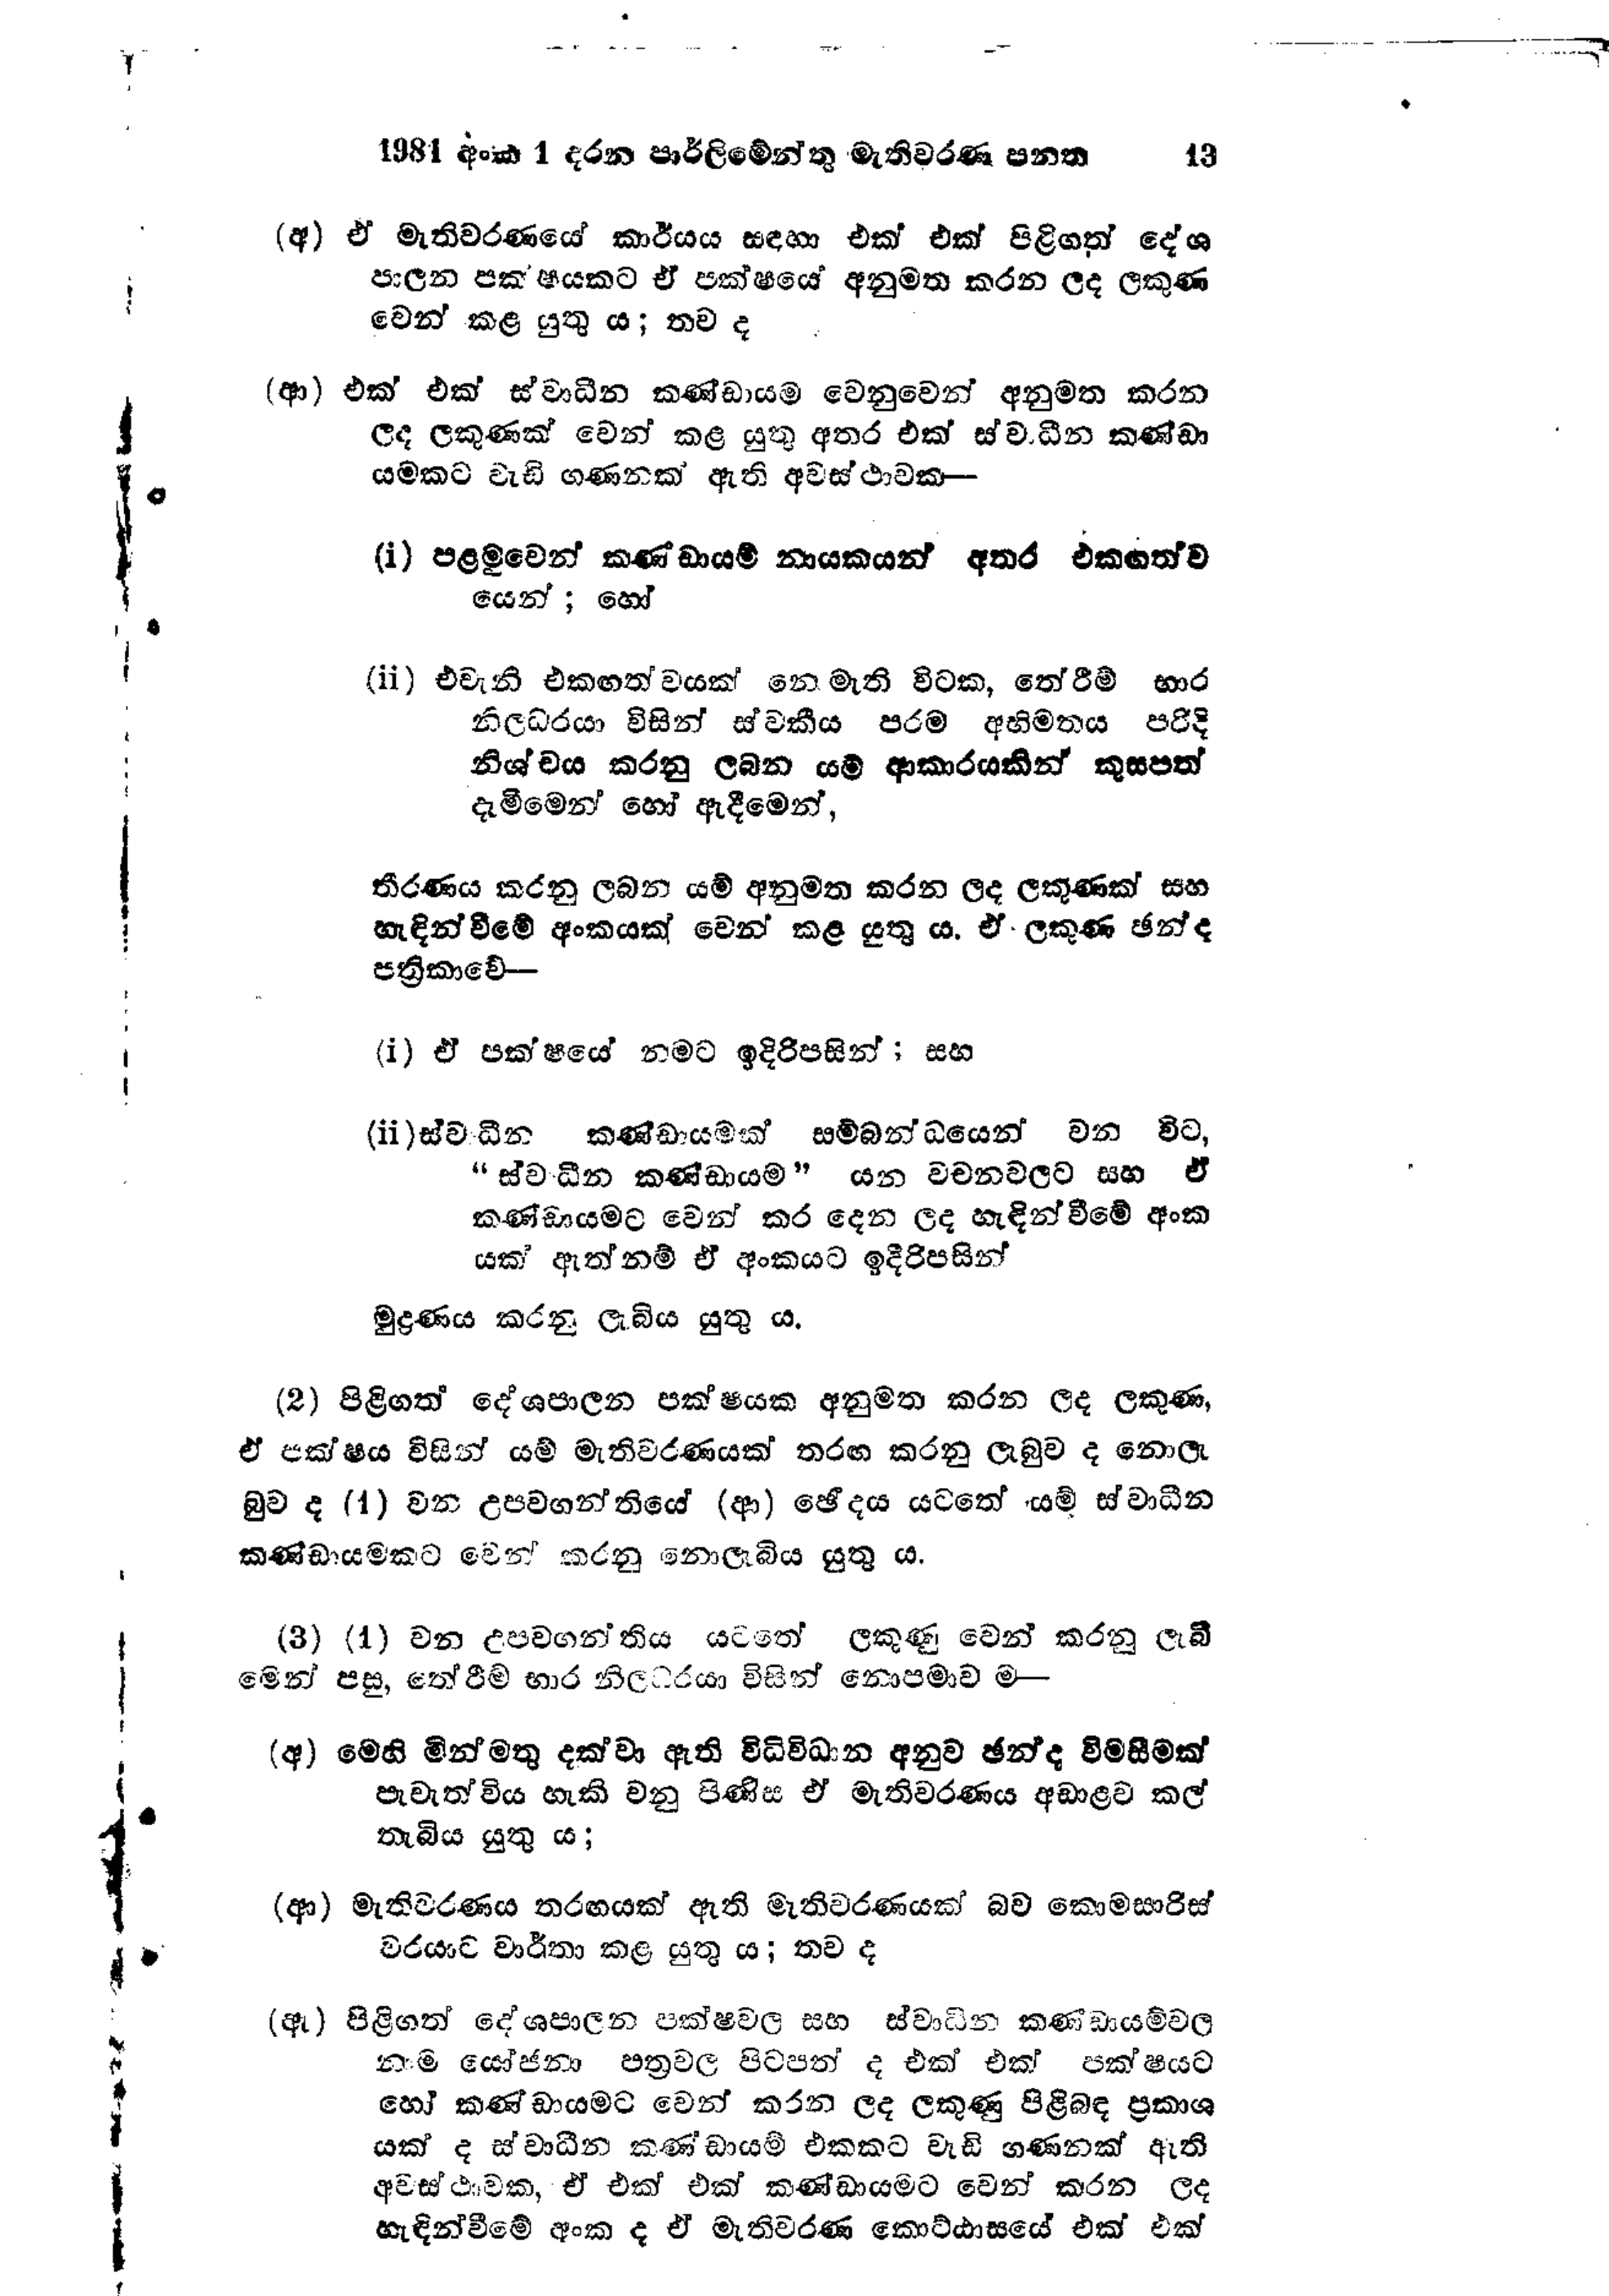
1981 අංක 1 දරන පාර්ලිමේන්තු මැතිවරණ පනත				13

(අ) ඒ මැතිවරණයේ කාර්යය සඳහා එක් එක් පිළිගත් දේශ
පාලන පක්ෂයකට ඒ පක්ෂයේ අනුමත කරන ලද ලකුණ
වෙන් කළ යුතු ය; තව ද

(ආ) එක් එක් ස්වාධීන කණ්ඩායම වෙනුවෙන් අනුමත කරන
ලද ලකුණක් වෙන් කළ යුතු අතර එක් ස්වාධීන කණ්ඩා
යමකට වැඩි ගණනක් ඇති අවස්ථාවක-

(i) පළමුවෙන් කණ්ඩායම් නායකයන් අතර එකඟත්ව
යෙන්; හෝ

(ii) එවැනි එකඟත්වයක්  නොමැති විටක, තේරීම් භාර
නිලධරයා විසින් ස්වකීය පරම අභිමතය පරිදි
නිශ්චය කරනු ලබන යම් ආකාරයකින් කුසපත්
දැමීමෙන් හෝ ඇදීමෙන්,

තීරණය කරනු ලබන යම් අනුමත කරන ලද ලකුණක් සහ
හැඳින්වීමේ අංකයක් වෙන් කළ යුතු ය. ඒ ලකුණ ඡන්ද
පත්‍රිකාවේ -

(i) ඒ පක්ෂයේ නමට ඉදිරිපසින්; සහ

(ii)ස්වාධීන කණ්ඩායමක් සම්බන්ධයෙන් වන විට,
"ස්වාධීන කණ්ඩායම " යන වචනවලට සහ ඒ
කණ්ඩායමට වෙන් කර දෙන ලද හැඳින්වීමේ අංක
යක් ඇත්නම් ඒ අංකයට ඉදිරිපසින්

මුද්‍රණය කරනු ලැබිය යුතු ය.

(2) පිළිගත් දේශපාලන පක්ෂයක අනුමත කරන ලද ලකුණ,
ඒ පක්ෂය විසින් යම් මැතිවරණයක් තරඟ කරනු ලැබුව ද නොලැ
බුව ද (1) වන උපවගන්තියේ (ආ) ඡේදය යටතේ යම් ස්වාධීන
කණ්ඩායමකට වෙන් කරනු නොලැබිය යුතු ය.

(3) (1) වන උපවගන්තිය යටතේ ලකුණු වෙන් කරනු ලැබී
මෙන් පසු, තේරීම භාර නිලධරයා විසින් නොපමාව ම -

(අ) මෙහි මින්මතු දක්වා ඇති විධිවිධාන අනුව ඡන්ද විමසීමක්
පැවැත්විය හැකි වනු පිණිස ඒ මැතිවරණය අඩාළව කල්
තැබිය යුතු ය;

(ආ) මැතිවරණය තරඟයක් ඇති මැතිවරණයක් බව කොමසාරිස්
වරයාට වාර්තා කළ යුතු ය; තව ද

(ඇ) පිළිගත් දේශපාලන පක්ෂවල සහ ස්වාධීන කණ්ඩායම්වල
නාම යෝජනා පත්‍රවල පිටපත් ද එක් එක් පක්ෂයට
හෝ කණ්ඩායමට වෙන් කරන ලද ලකුණු පිළිබඳ ප්‍රකාශ
යක් ද ස්වාධීන කණ්ඩායම් එකකට වැඩි ගණනක් ඇති
අවස්ථාවක, ඒ එක් එක් කණ්ඩායමට වෙන් කරන ලද
හැඳින්වීමේ අංක ද ඒ මැතිවරණ කොට්ඨාසයේ එක් එක්